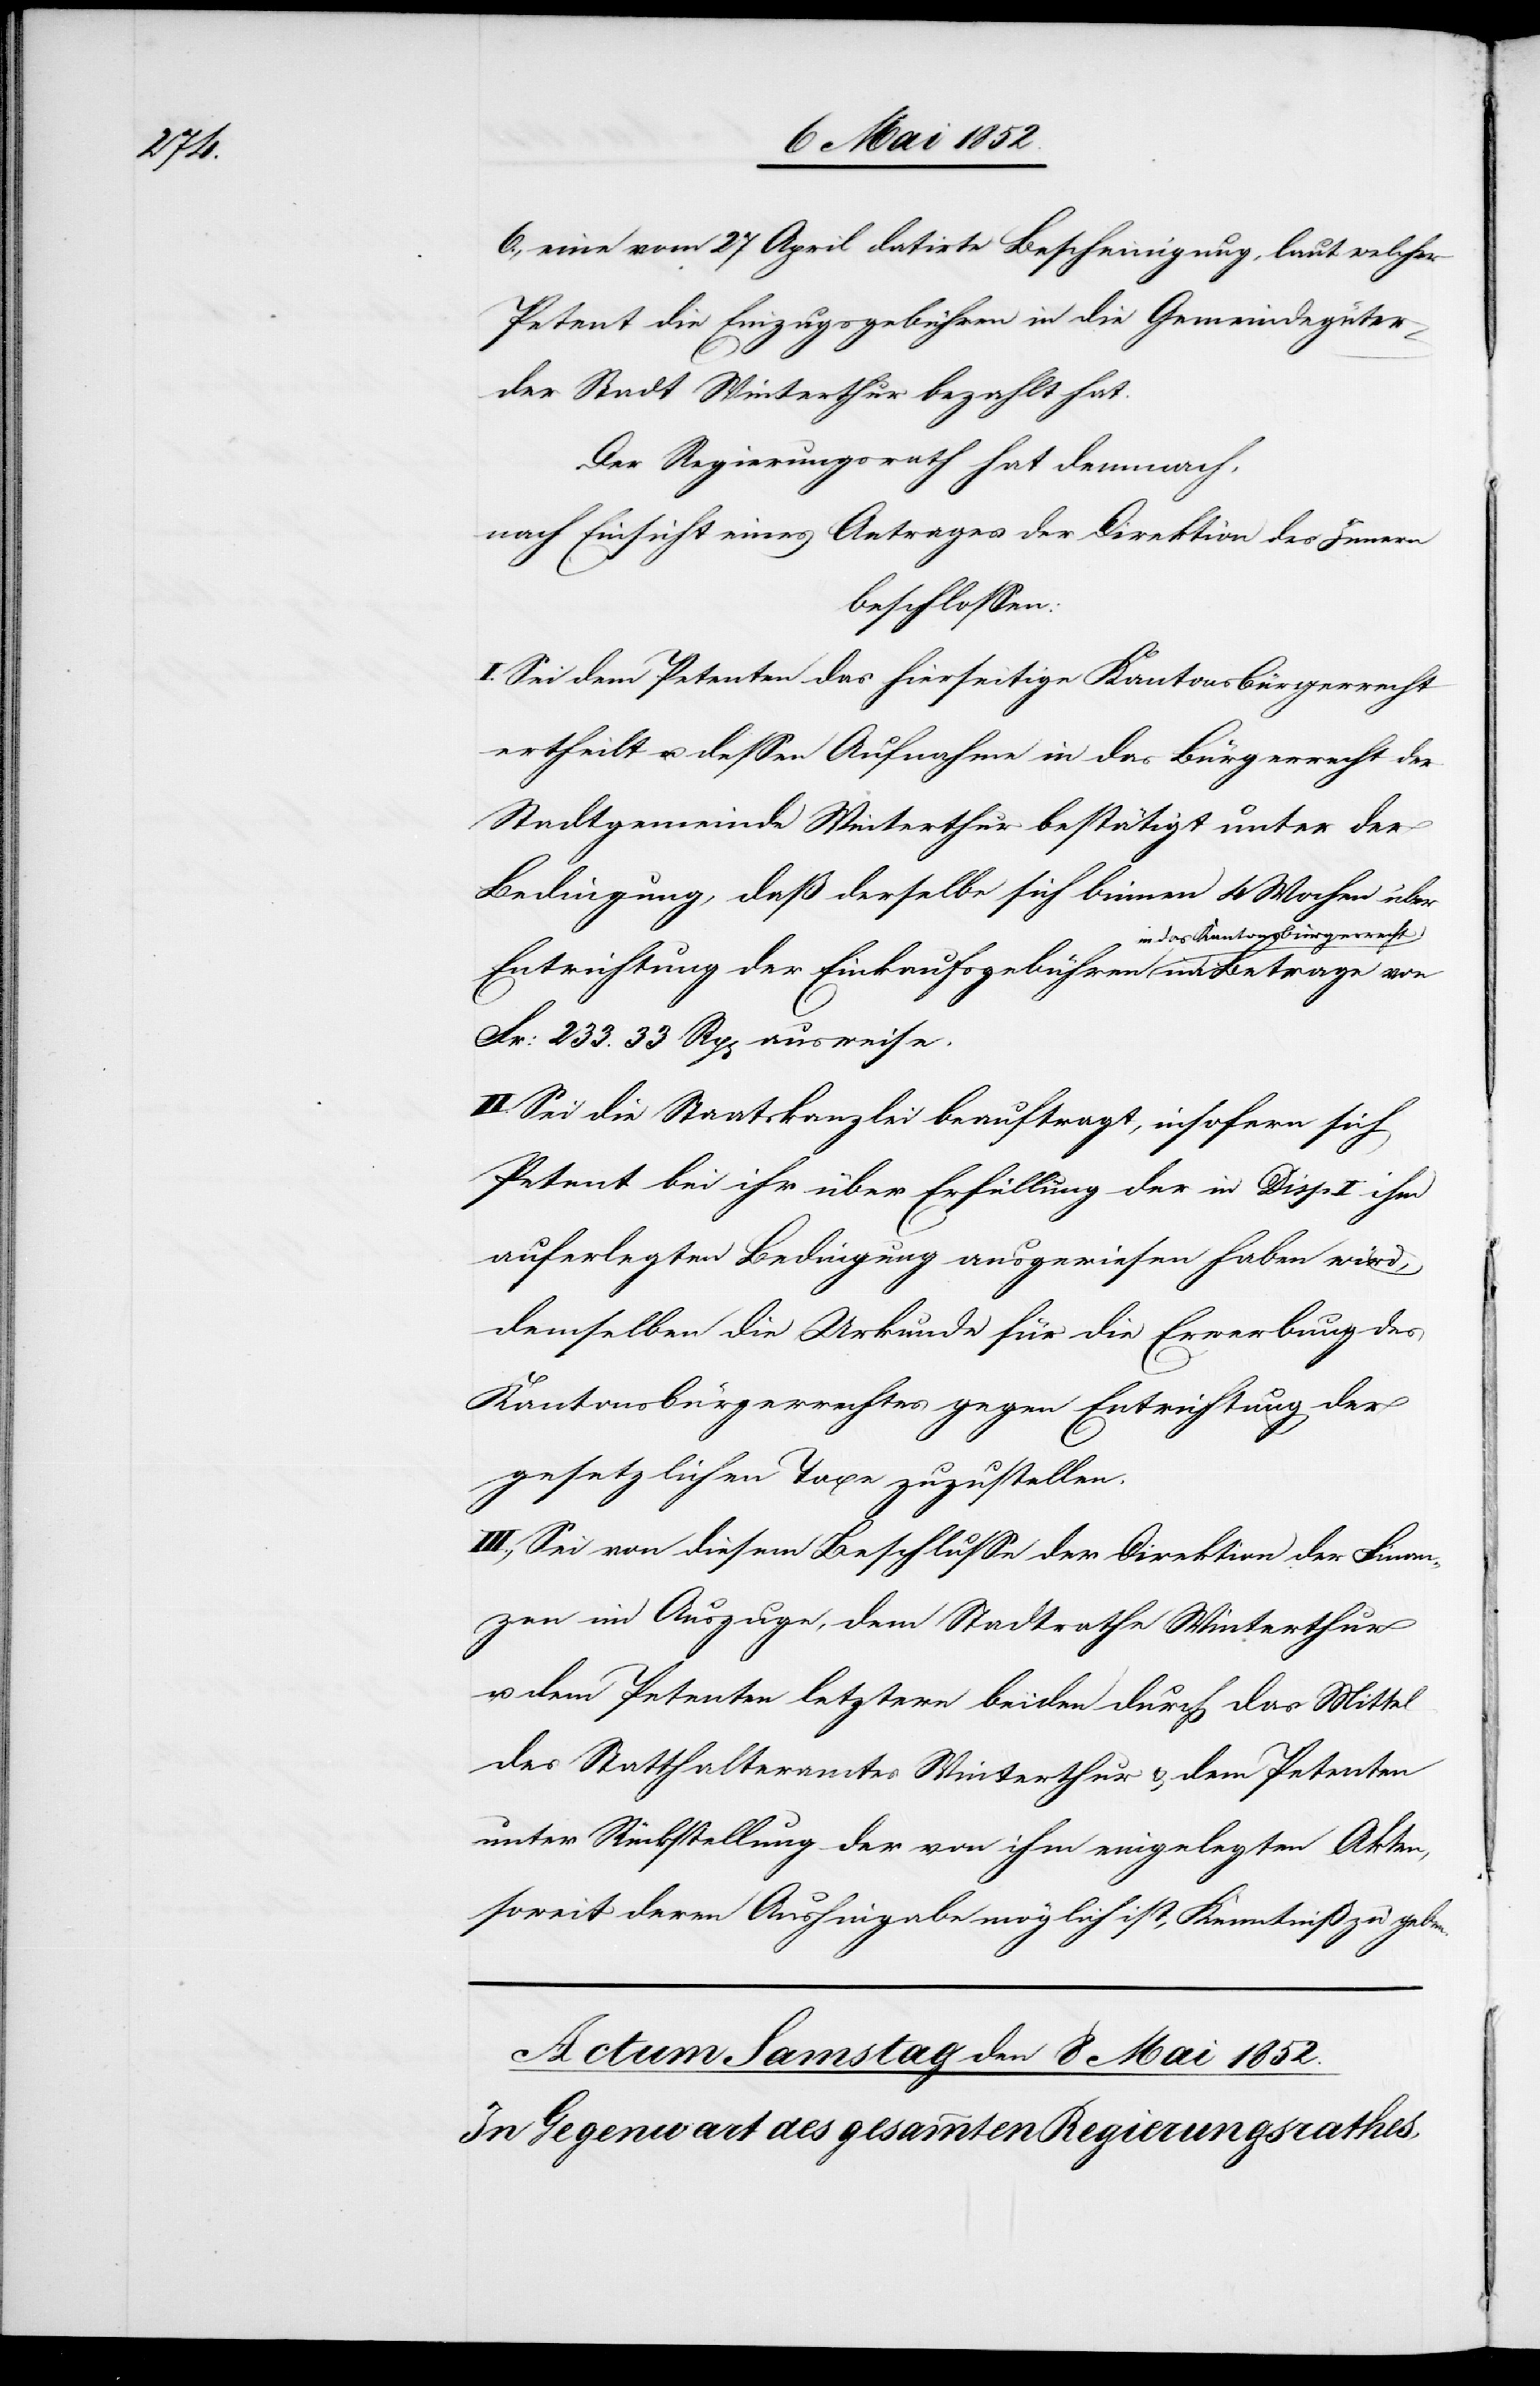
6., eine vom 27 April datirte Bescheinigung, laut welcher
Petent die Einzugsgebühren in die Gemeindegüter
der Stadt Winterthur bezahlt hat.
Der Regierungsrath hat demnach,
nach Einsicht eines Antrages der Direktion des Innern
beschlossen:
I. Sei dem Petenten das hierseitige Kantonsbürgerrecht
ertheilt u. dessen Aufnahme in das Bürgerrecht der
Stadtgemeinde Winterthur bestätigt unter der
Bedingung, daß derselbe sich binnen 4 Wochen über
Entrichtung der Einkaufsgebühren in das Kantonsbürgerrecht
Fr: 233. 33 Rp[en] ausweise.
II. Sei die Staatskanzlei beauftragt, insofern sich
Petent bei ihr über Erfüllung der in Disp I ihm
auferlegten Bedingung ausgewiesen haben wird,
demselben die Urkunde für die Erwerbung des
Kantonsbürgerrechtes gegen Entrichtung der
gesetzlichen Taxe zuzustellen.
III., Sei von diesem Beschlusse der Direktion der Finan¬
zen im Auszuge, dem Stadtrathe Winterthur
u. dem Petenten letztern beiden durch das Mittel
des Statthalteramtes Winterthur & dem Petenten
unter Rückstellung der von ihm eingelegten Akten,
soweit deren Aushingabe möglich ist, Kenntniß zu geben.